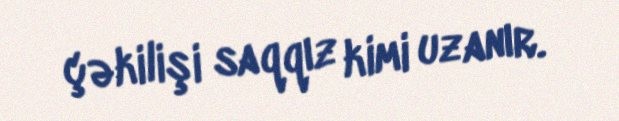
çəkilişi saqqız kimi uzanır.